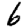
Digit: 6